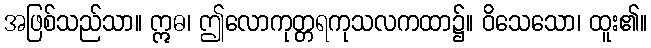
အဖြစ်သည်သာ။ ဣဓ၊ ဤလောကုတ္တရကုသလကထာ၌။ ဝိသေသော၊ ထူး၏။